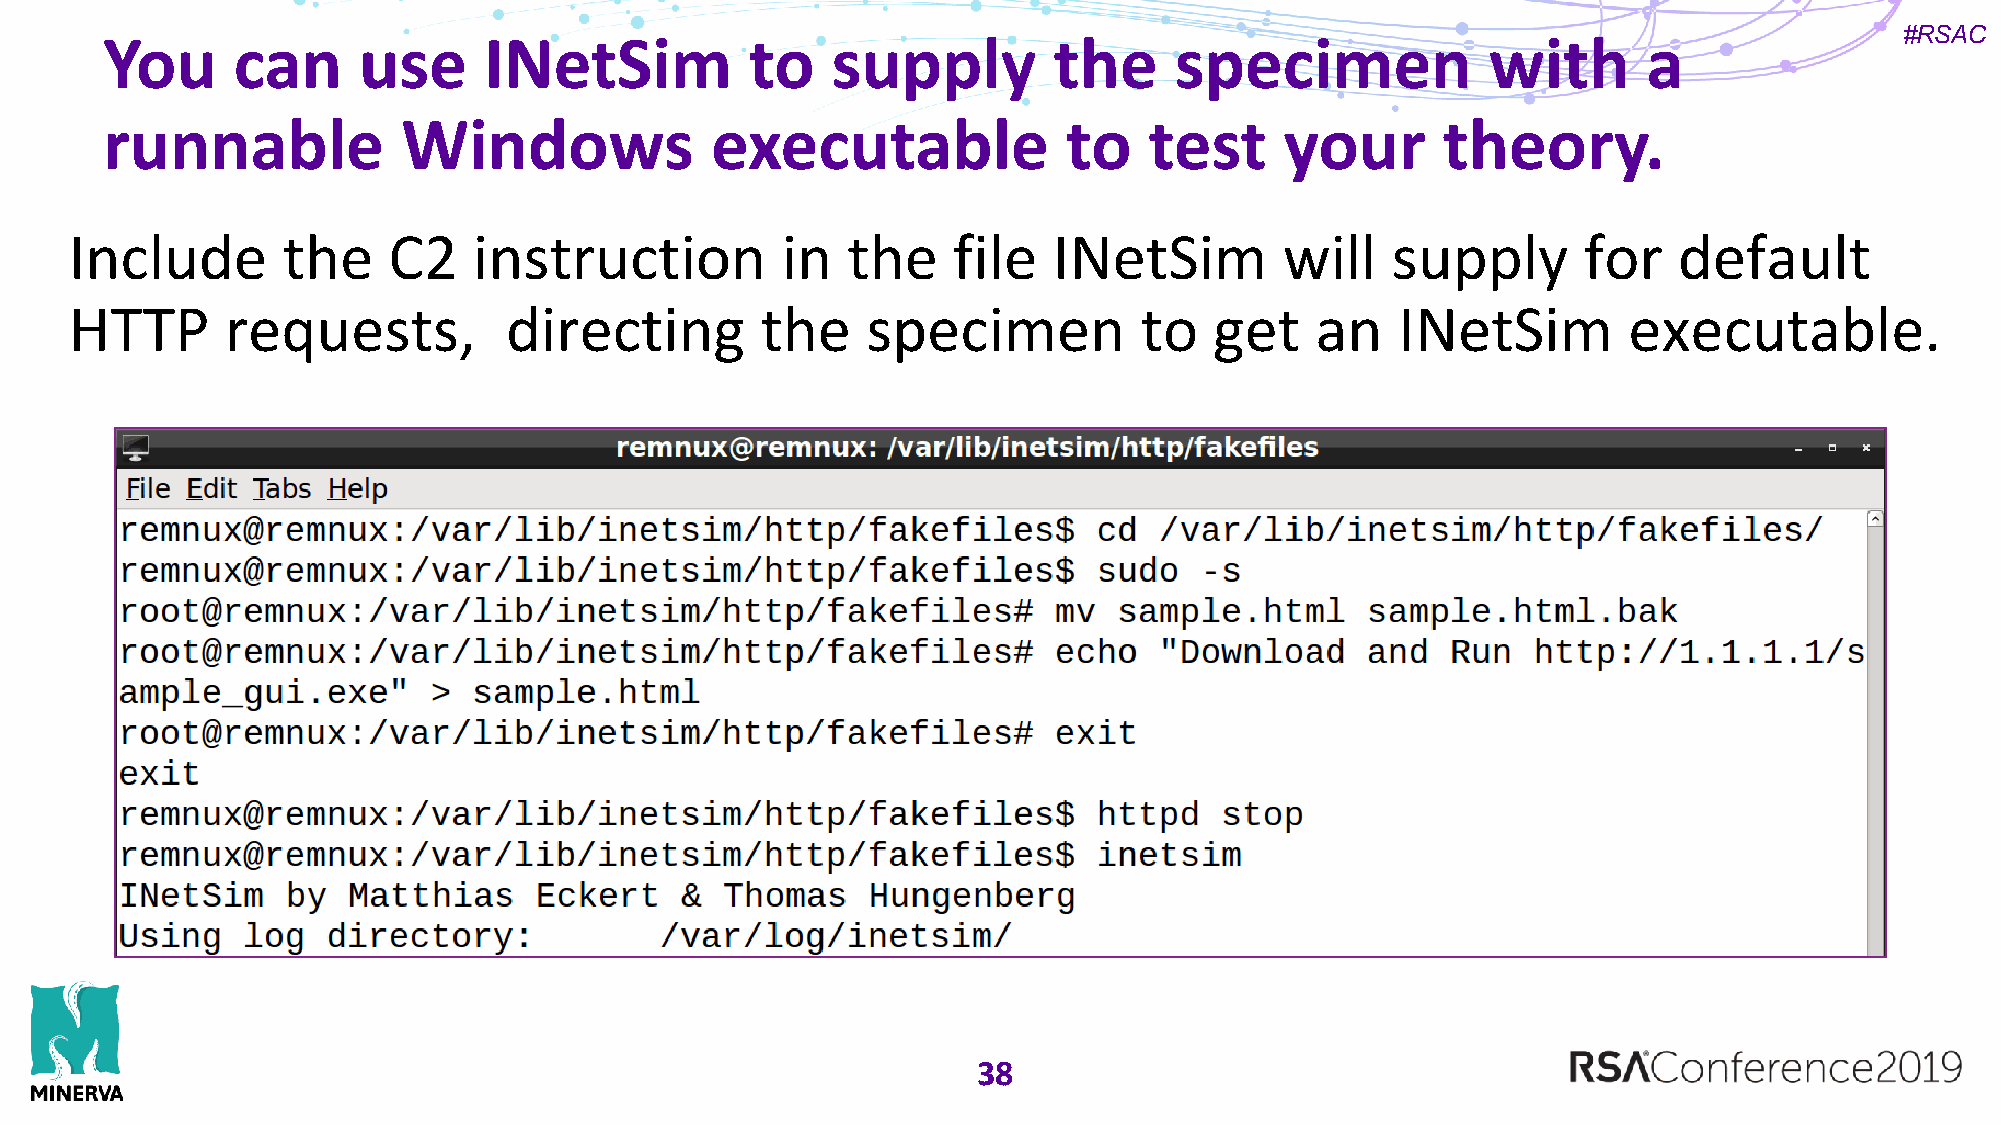
#RSAC
 You     can      use     INetSim           to   supply         the     specimen             with      a
 runnable            Windows             executable              to   test     your      theory.
 Include       the    C2   instruction          in  the    file   INetSim        will   supply       for   default
 HTTP      requests,         directing        the    specimen          to   get    an    INetSim        executable.
 38